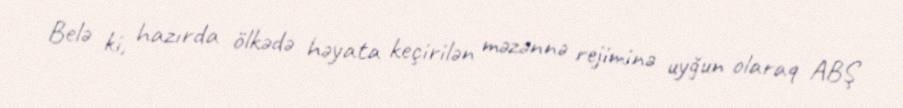
Belə ki, hazırda ölkədə həyata keçirilən məzənnə rejiminə uyğun olaraq ABŞ